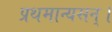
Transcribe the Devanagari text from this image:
प्रथमान्यसन्।